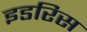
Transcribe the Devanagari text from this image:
इडरिस